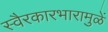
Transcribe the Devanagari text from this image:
स्वैरकारभारामुळें